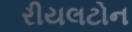
રીયલટોન